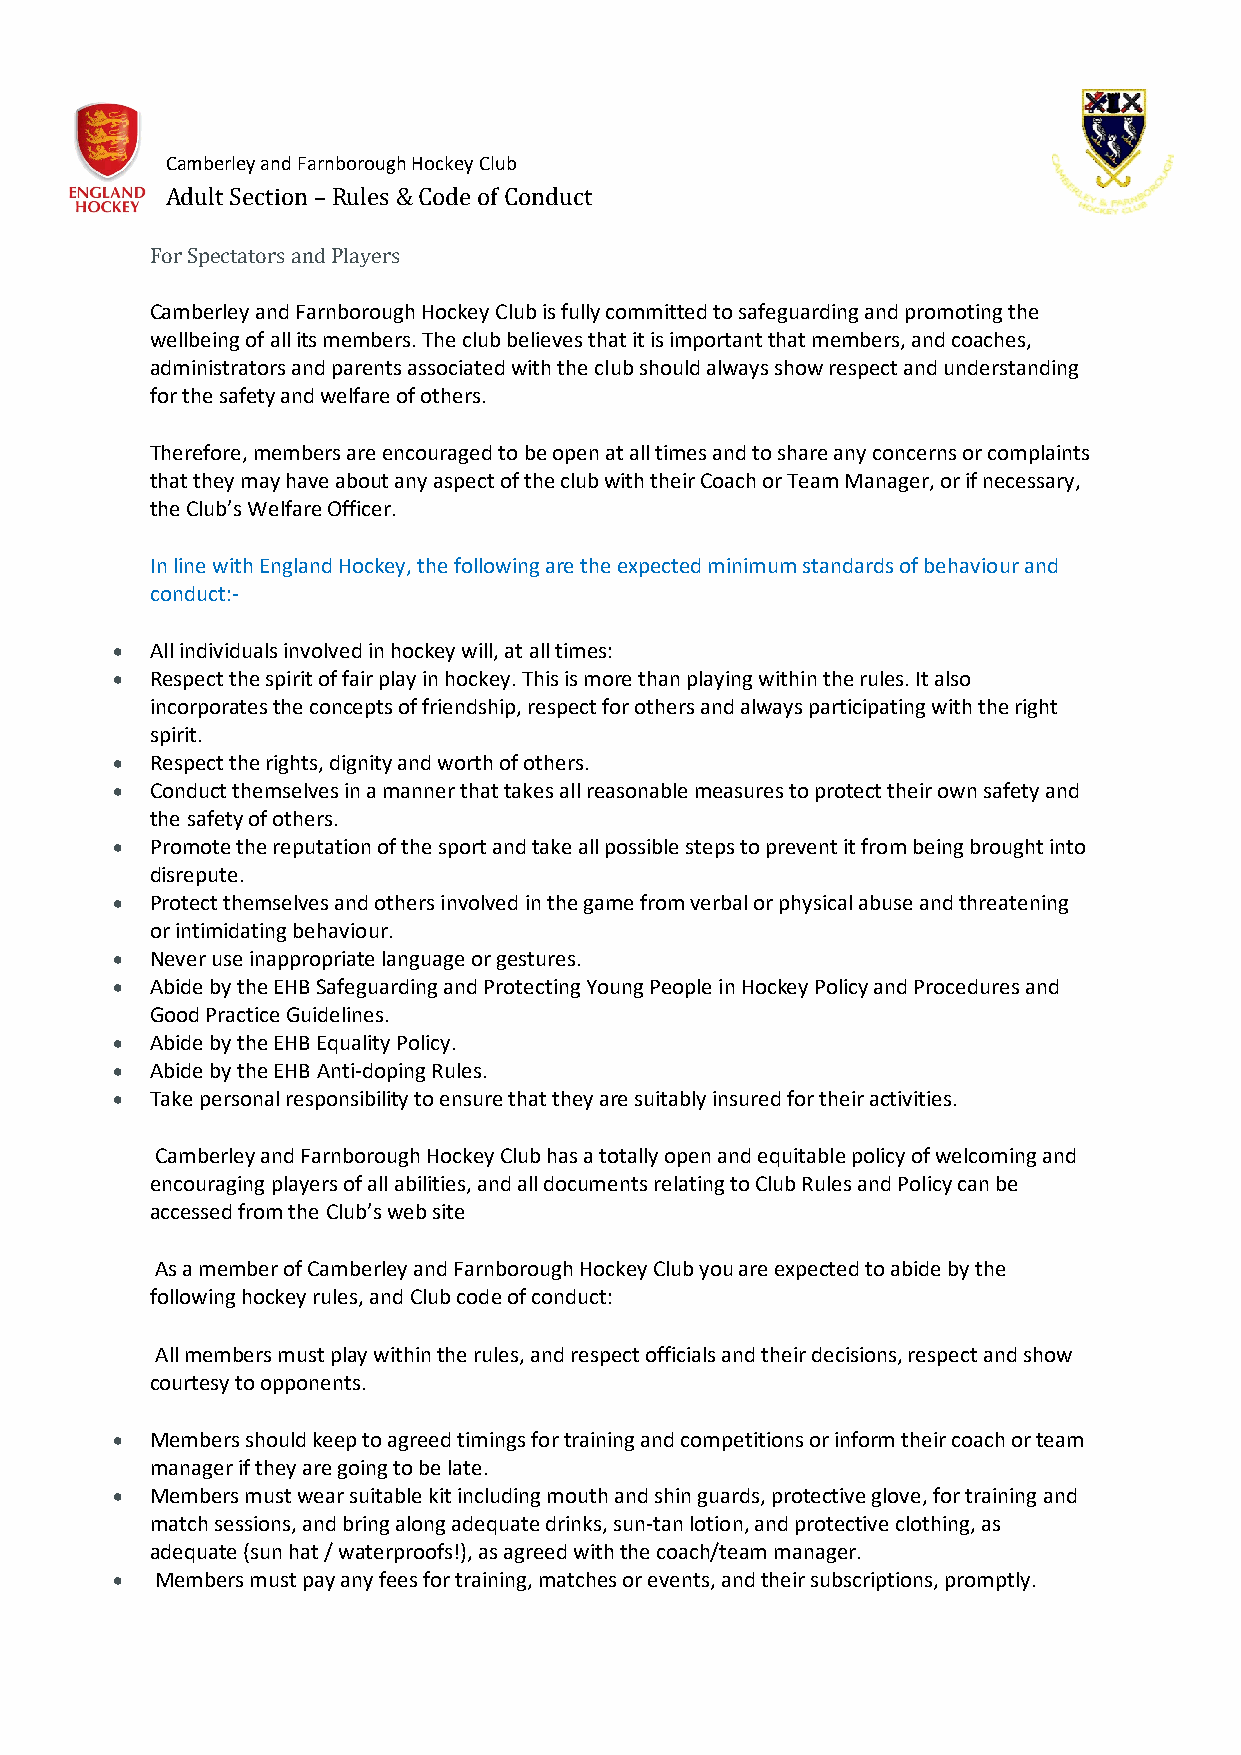
Camberley and Farnborough Hockey Club
 Adult Section – Rules & Code of Conduct
 For Spectators and Players
 Camberley and Farnborough Hockey Club is fully committed to safeguarding and promoting the
 wellbeing of all its members. The club believes that it is important that members, and coaches,
 administrators and parents associated with the club should always show respect and understanding
 for the safety and welfare of others.
 Therefore, members are encouraged to be open at all times and to share any concerns or complaints
 that they may have about any aspect of the club with their Coach or Team Manager, or if necessary,
 the Club’s Welfare Officer.
 In line with England Hockey, the following are the expected minimum standards of behaviour and
 conduct:-
 •  All individuals involved in hockey will, at all times:
 •  Respect the spirit of fair play in hockey. This is more than playing within the rules. It also
 incorporates the concepts of friendship, respect for others and always participating with the right
 spirit.
 •  Respect the rights, dignity and worth of others.
 •  Conduct themselves in a manner that takes all reasonable measures to protect their own safety and
 the safety of others.
 •  Promote the reputation of the sport and take all possible steps to prevent it from being brought into
 disrepute.
 •  Protect themselves and others involved in the game from verbal or physical abuse and threatening
 or intimidating behaviour.
 •  Never use inappropriate language or gestures.
 •  Abide by the EHB Safeguarding and Protecting Young People in Hockey Policy and Procedures and
 Good Practice Guidelines.
 •  Abide by the EHB Equality Policy.
 •  Abide by the EHB Anti-doping Rules.
 •  Take personal responsibility to ensure that they are suitably insured for their activities.
 Camberley and Farnborough Hockey Club has a totally open and equitable policy of welcoming and
 encouraging players of all abilities, and all documents relating to Club Rules and Policy can be
 accessed from the Club’s web site
 As a member of Camberley and Farnborough Hockey Club you are expected to abide by the
 following hockey rules, and Club code of conduct:
 All members must play within the rules, and respect officials and their decisions, respect and show
 courtesy to opponents.
 •  Members should keep to agreed timings for training and competitions or inform their coach or team
 manager if they are going to be late.
 •  Members must wear suitable kit including mouth and shin guards, protective glove, for training and
 match sessions, and bring along adequate drinks, sun-tan lotion, and protective clothing, as
 adequate (sun hat / waterproofs!), as agreed with the coach/team manager.
 •  Members must pay any fees for training, matches or events, and their subscriptions, promptly.